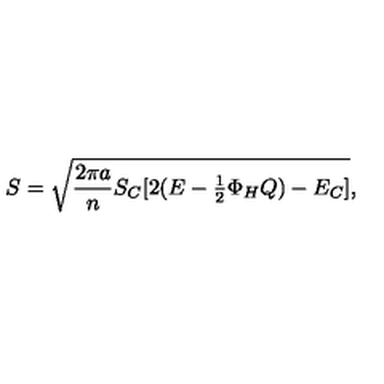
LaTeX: S = \sqrt { { \frac { 2 \pi a } { n } } S _ { C } [ 2 ( E - \textstyle { \frac { 1 } { 2 } } \Phi _ { H } Q ) - E _ { C } ] } ,